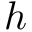
h